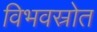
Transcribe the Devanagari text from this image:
विभवस्रोत